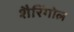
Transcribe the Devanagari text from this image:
शैरिंगोल